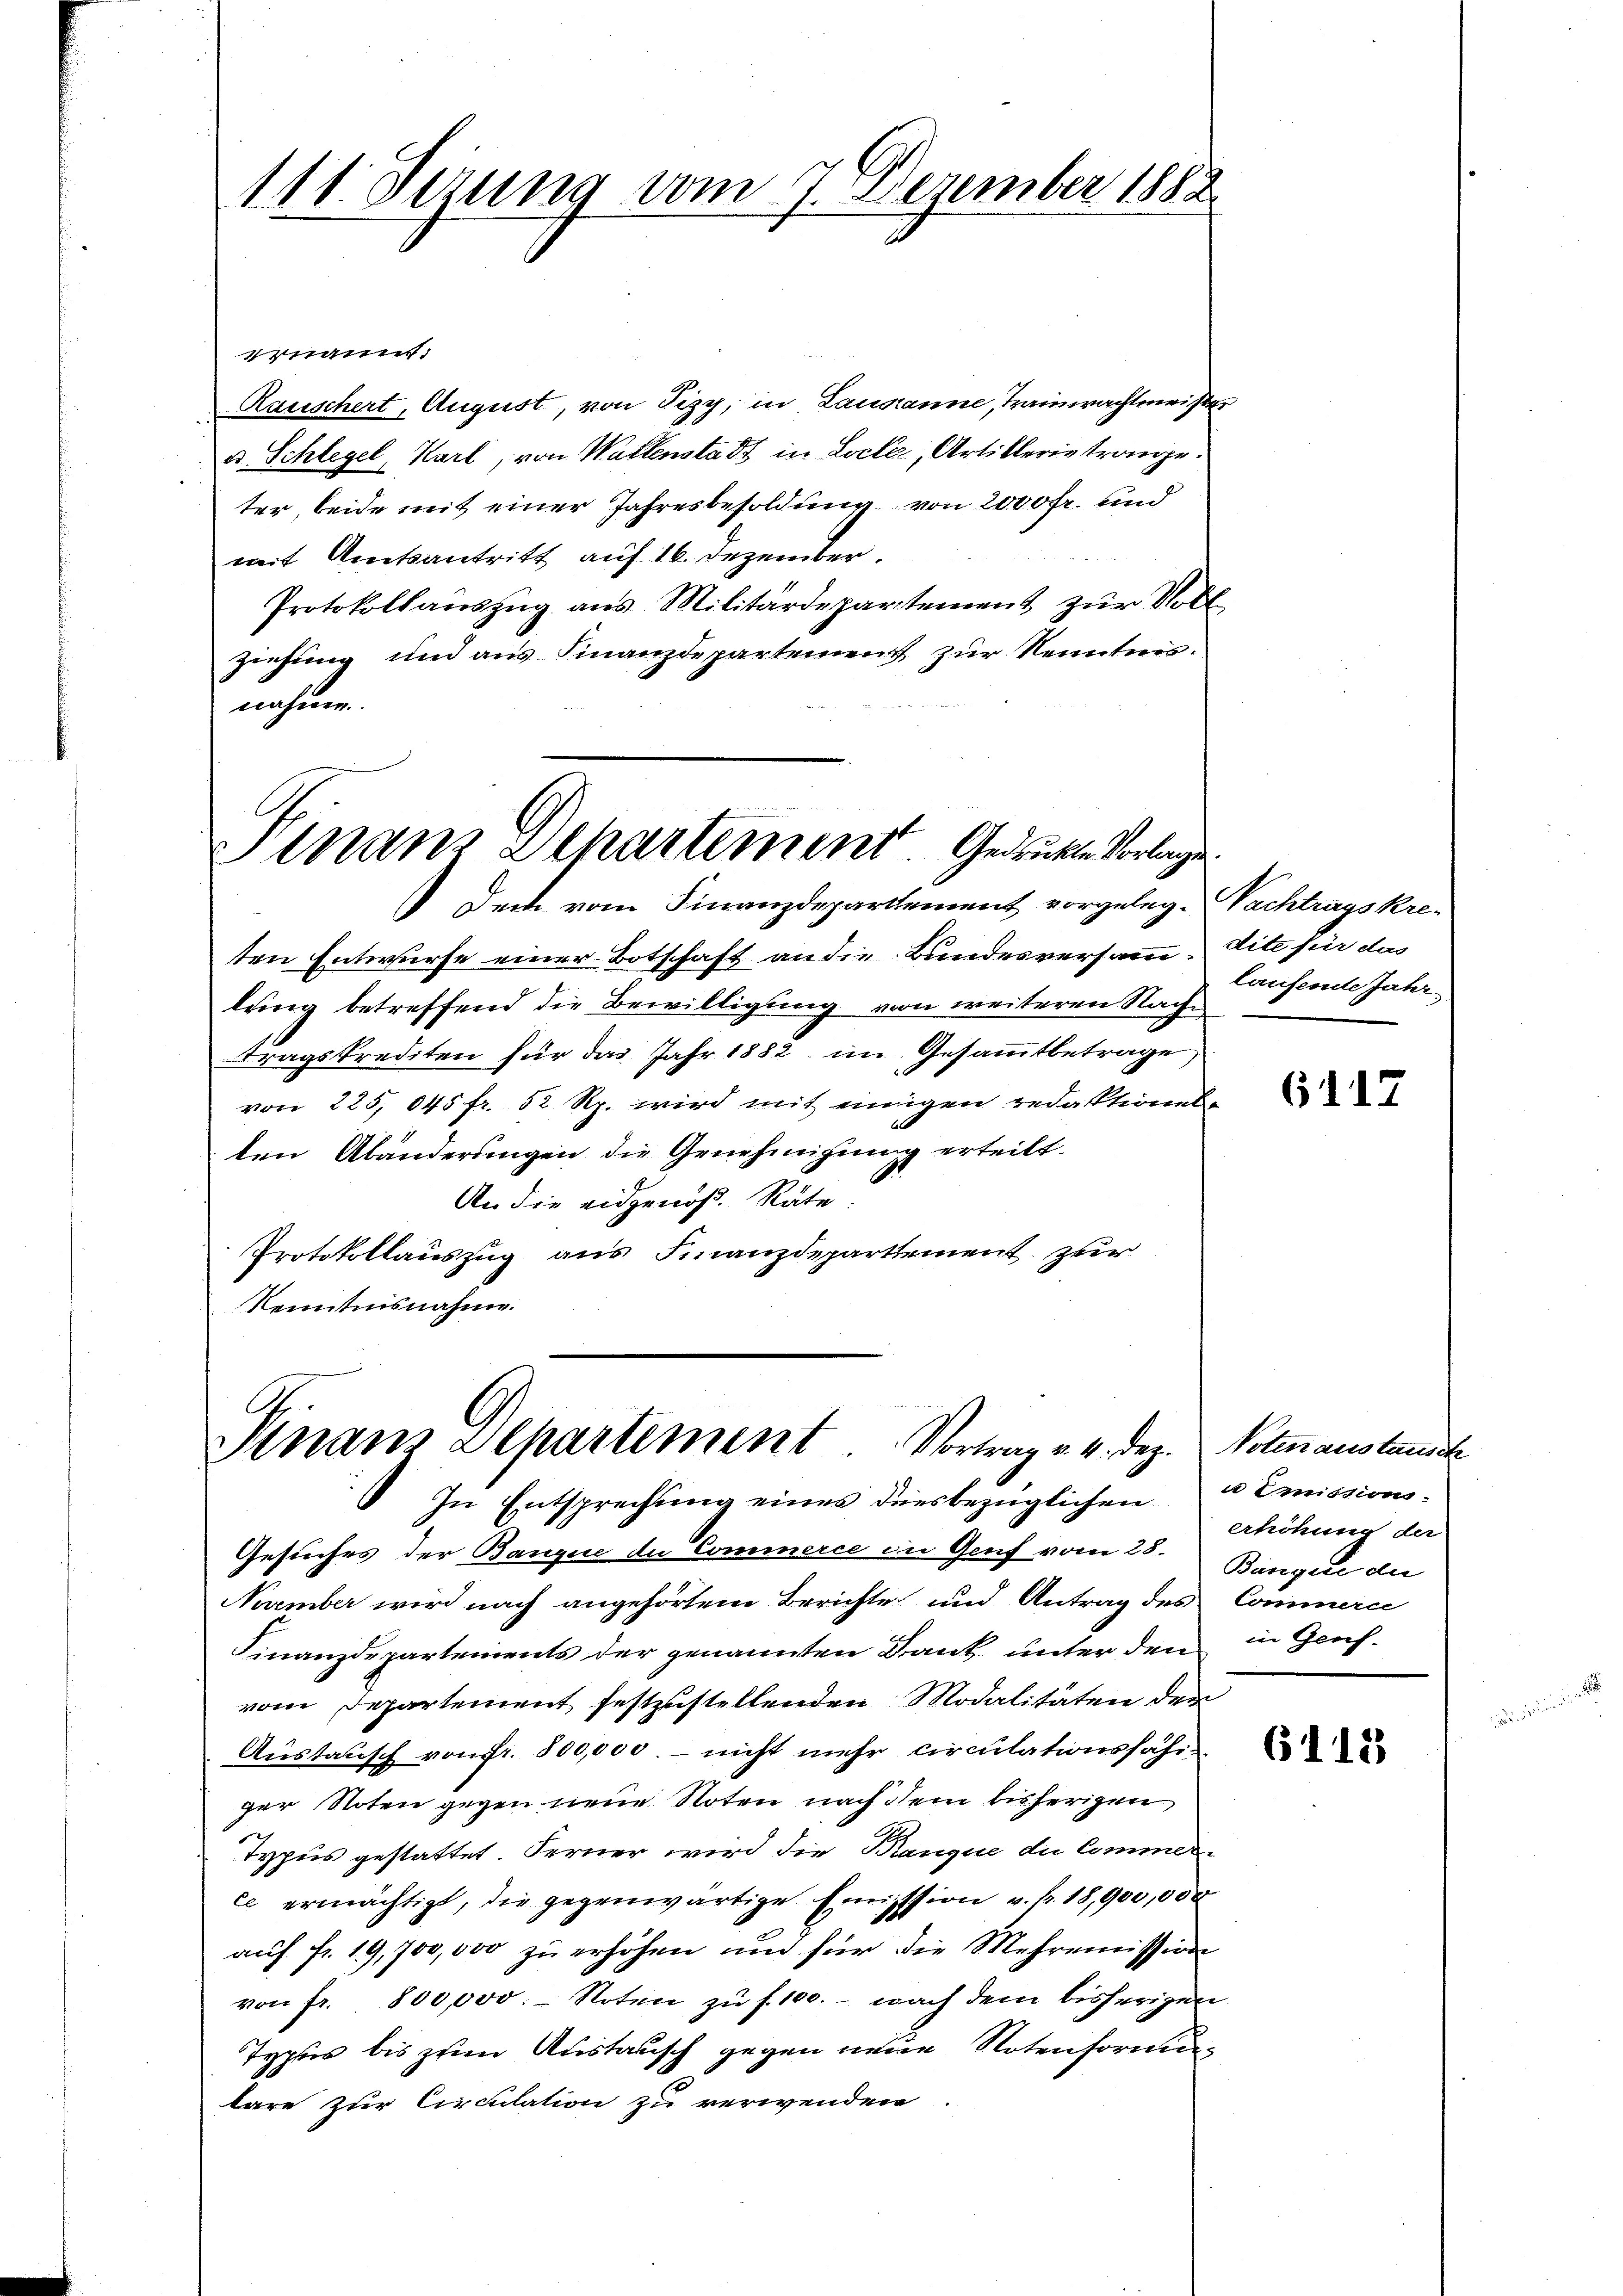
111. Jezung vom 7. Dezember 1882

ernannt:
Rauschert, August, von Pizy, in Lausanne, Trauerachtmeister
u. Schlegel, Karl, von Wallenstadt in Locke, Artiklerie trange.
ter, beide mit einer Jahresbesoldung von 2000 Fr. und
mit Amtsantritt auf 16. Dezember.
Protokollauszug aus Militärdepartement zur Vollziehung und aus Finanzdepartement zur Kenntnisnahme.

Finans Departement. Gedruckte Vorlage

Doch vom Finanzdepartement vorgeleg-Nachtragskre-
ten Entwurfe einer Botschaft an die Bundesversamm dite für das
bring betreffend die Bewilligung von weiteren Nache
tragskrediten für das Jahr 1882 im Gesammtbetrage
von 225, 045 fr. 52 Rp. wird mit einigen redaktionenten
ten Abänderungen die Genehmigung erteilt.
An die eidgenoß. Räte:
Protokollauszug aus Finanzdepartement zur
Kenntnisnahme.

A.
Anaus Departement. Vortrag v. 4. Dez.

In Entsprechung eines diesbezüglichen u Emissions¬
Gesuches der Bange de Commerce in Genf vom 23. Bangen der
Neember wird nach angehörtem Berichte und Antrag des Commerce
Finanzdepartements der genannten Dank unter den in Genf
vom Departement festzustellenden Modalitäten den
Austausch von Fr. 800,000. – nicht mehr circulationsfahr-
ger Noten gegen neue Noten nach dem bisherigen
Typus gestattet. Ferner wird die Branque die Commer-
ee ermächtigt, die gegenwärtige Emisssion v. fr. 18,900,000
auf fr. 19,700,000 zu erhöhen und für die Mehrenission
von fr. 800,000. Noten zŭ f. 100. - nach dem bisherigen
Typris bis zum Austanisch gegen neue Notenformun
lare zur Circulation zu verwenden

laufende Jahr

6117

Noten austausch
erhöhung der

6115